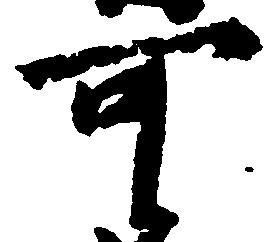
可